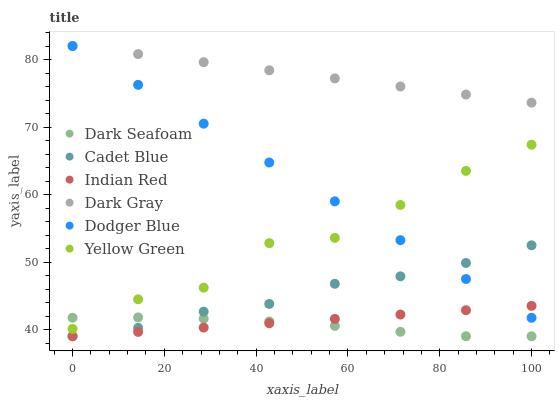
| xaxis_label | Dark Seafoam | Cadet Blue | Indian Red | Dark Gray | Dodger Blue | Yellow Green |
 | --- | --- | --- | --- | --- | --- | --- |
 | 0 | 41.7 | 39 | 39 | 82 | 82 | 40.1 |
 | 14.3 | 41.8 | 40.3 | 39.6 | 80.8 | 76.2 | 44.5 |
 | 28.6 | 41.6 | 42.6 | 40.3 | 79.6 | 70.5 | 46.2 |
 | 42.9 | 41.2 | 43.8 | 40.9 | 78.4 | 64.7 | 52.8 |
 | 57.1 | 40.5 | 46.8 | 41.6 | 77.2 | 59 | 53.6 |
 | 71.4 | 39.7 | 47.9 | 42.2 | 76 | 53.2 | 58.5 |
 | 85.7 | 39 | 49.9 | 42.9 | 74.8 | 47.5 | 63.5 |
 | 100 | 39 | 52.5 | 43.5 | 73.6 | 41.7 | 67.4 |